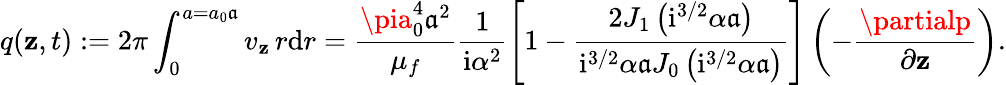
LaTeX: q(\mathbf{z},t):=2\pi\int_{0}^{a=a_{0}\mathfrak{{a}}}v_{\mathbf{z}}\, r\mathrm{{d}}r=\frac{{\pia_{0}^{4}\mathfrak{{a}}^{2}}}{{\mu_{f}}}\frac{{1}}{{\mathrm{{i}}\alpha^{2}}}\left[1-\frac{{2J_{1}\left(\mathrm{{i}}^{3/2}{\alpha}\mathfrak{{a}}\right)}}{{\mathrm{{i}}^{3/2}{\alpha}\mathfrak{{a}}J_{0}\left(\mathrm{{i}}^{3/2}{\alpha}\mathfrak{{a}}\right)}}\right]\left(-\frac{{\partialp}}{{\partial\mathbf{z}}}\right).